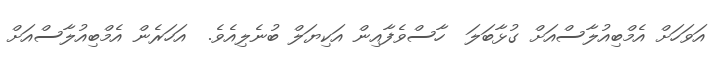
އަވަހަށް އެމްބިއުލާސްއަށް ގުޅާބަލަ  ހާސްވެފާއިން އަކިޔަލް ބުނެލިއެވެ.  އަހަރެން އެމްބިއުލާސްއަށް